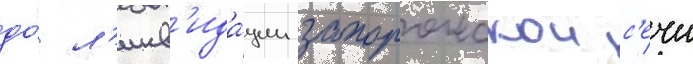
до́ л'икв'ида́ции запорожскои с'ечи